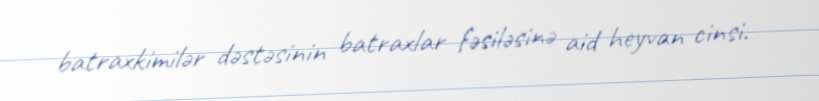
batraxkimilər dəstəsinin batraxlar fəsiləsinə aid heyvan cinsi.